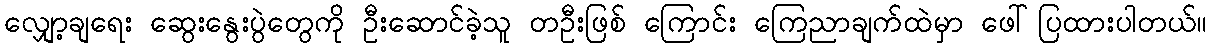
လျှော့ချရေး ဆွေးနွေးပွဲတွေကို ဦးဆောင်ခဲ့သူ တဦးဖြစ် ကြောင်း ကြေညာချက်ထဲမှာ ဖေါ်ပြထားပါတယ်။